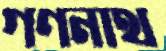
গণনাথ